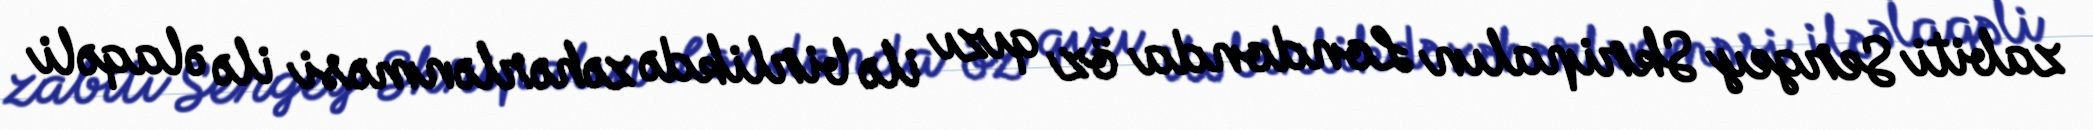
zabiti Sergey Skripalın Londonda öz qızı ilə birlikdə zəhərlənməsi ilə əlaqəli